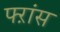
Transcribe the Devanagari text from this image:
फ्ऱांस